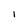
Character: I